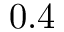
0 . 4